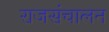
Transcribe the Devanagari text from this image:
राजसंचालन